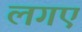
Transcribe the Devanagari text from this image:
लगए